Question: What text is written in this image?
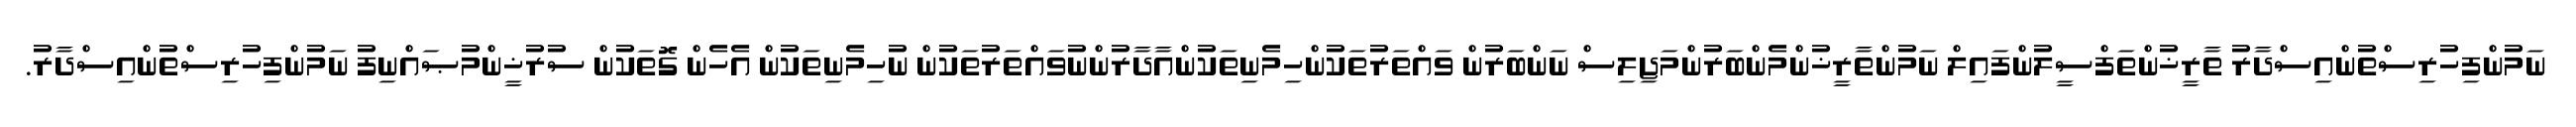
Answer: ނަމުންފިހުރިސްތުންއިސްދާރު ތާރީޚުންތަފްސީލުންފައިލް ނަމުންތާރީޚުންމެންބަރުންމަޖިލިސް ނަންބަރުން ވައްތަރުތަކުންހިމެނިތަކުންއާދާރުންނުވައްތަރުތަކުން ނުހިމެނިތަކުން އެހެން ގޮތަކުން ސުރުޚީންމުޞައްނިފު ނަމުންފިހުރިސްތުންއިސްދާރު.